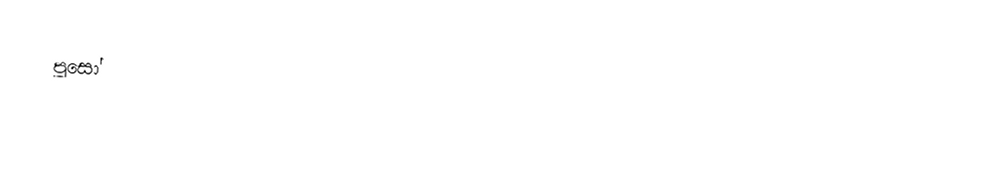
පූසෝ